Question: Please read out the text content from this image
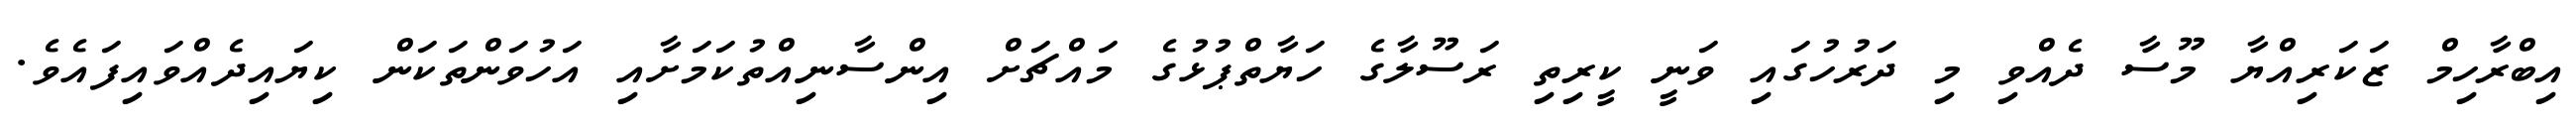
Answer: އިބްރާހިމް ޒަކަރިއްޔާ މޫސާ ދެއްވި މި ދަރުހުގައި ވަނީ ކީރިތި ރަސޫލާގެ ހަޔާތްޕުޅުގެ މައްޗަށް އިންސާނިއްތުކަމަށާއި އަހުވަންތަކަން ކިޔައިދެއްވައިފައެވެ.